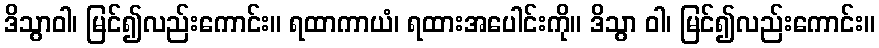
ဒိသွာဝါ၊ မြင်၍လည်းကောင်း။ ရထာကာယံ၊ ရထားအပေါင်းကို။ ဒိသွာ ဝါ၊ မြင်၍လည်းကောင်း။